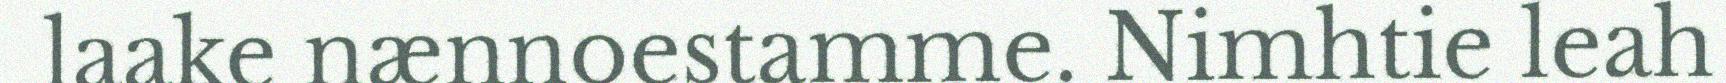
laake nænnoestamme. Nimhtie leah